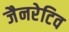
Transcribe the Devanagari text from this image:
जैनरेटिव